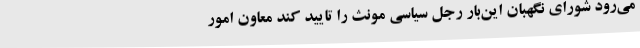
می‌رود شورای نگهبان این‌بار رجل سیاسی مونث را تایید کند معاون امور